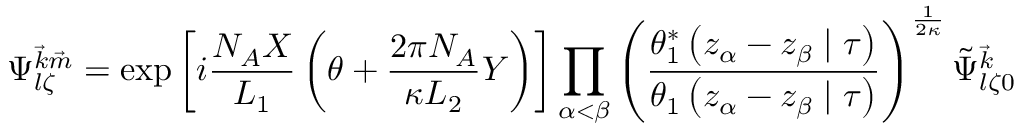
\Psi _ { l \zeta } ^ { { \vec { k } } { \vec { m } } } = \exp \left[ i \frac { N _ { A } X } { L _ { 1 } } \left( \theta + \frac { 2 \pi N _ { A } } { \kappa L _ { 2 } } Y \right) \right] \prod _ { \alpha < \beta } \left( \frac { \theta _ { 1 } ^ { \ast } \left( z _ { \alpha } - z _ { \beta } \mid \tau \right) } { \theta _ { 1 } \left( z _ { \alpha } - z _ { \beta } \mid \tau \right) } \right) ^ { \frac { 1 } { 2 \kappa } } \tilde { \Psi } _ { l \zeta 0 } ^ { { \vec { k } } }